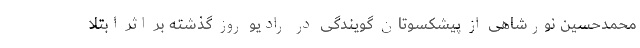
محمدحسین نورشاهی از پیشکسوتان گویندگی در رادیو روز گذشته بر اثر ابتلا